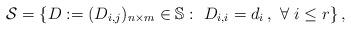
LaTeX: \begin{align*}\mathcal{S}=\left\{D:=(D_{i,j})_{n\times m} \in \mathbb{S}:\ D_{i,i}=d_i\,,\ \forall\ i\le r\right\},\end{align*}